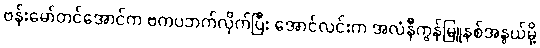
ဗန်းမော်တင်အောင်က ဗကပဘက်လိုက်ပြီး အောင်လင်းက အလံနီကွန်မြူနစ်အနွယ်မို့